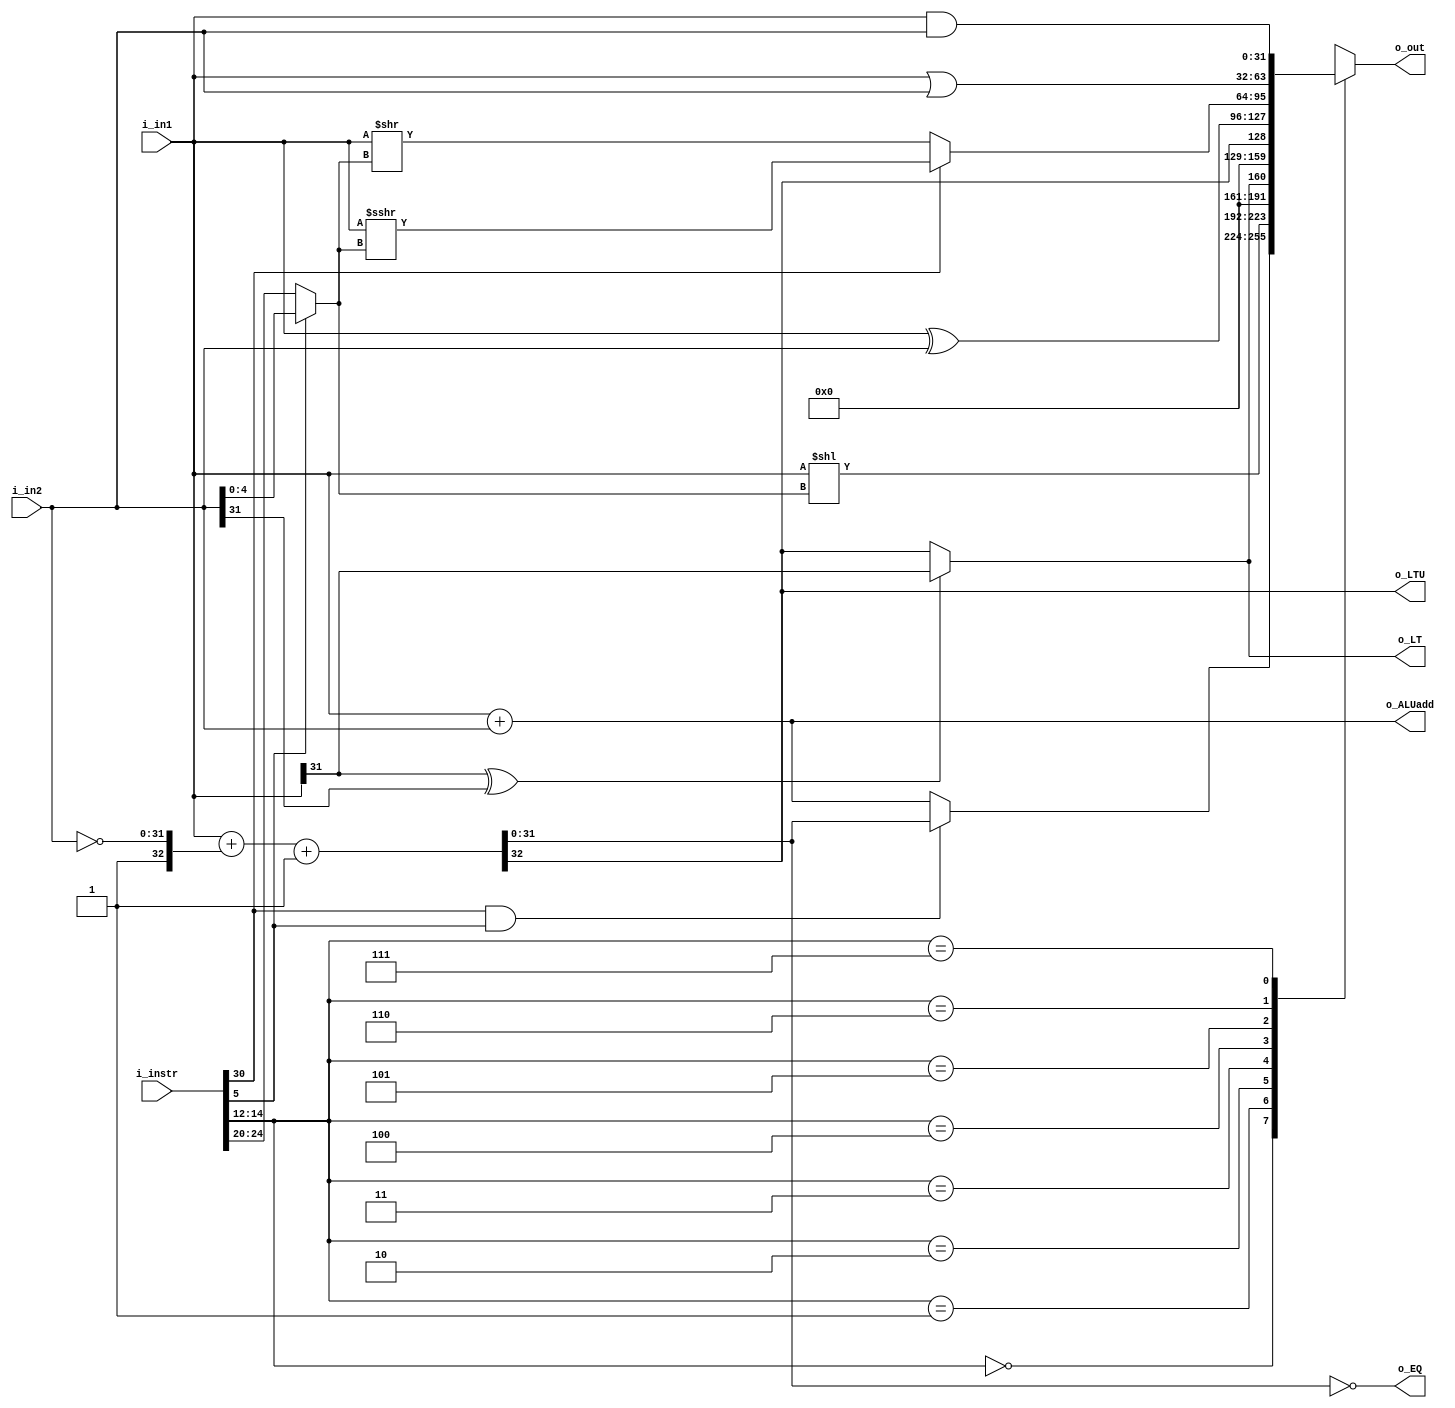
module Vr_ALU (
    input [31:0] i_in1, i_in2,
    input [31:0] i_instr,
    output [31:0] o_out, 
    output o_EQ, o_LT, o_LTU,
    output [31:0] o_ALUadd

);

    // The shifter can be optimized more 
    wire [4:0] shamt = (i_instr[5]) ? i_in2[4:0] : i_instr[24:20]; // shift up to 32 positions  

    wire [2:0] funct3 = i_instr[14:12];
    wire [6:0] funct7 = i_instr[31:25];

    reg [31:0] ALUoutput;

    // It can be done with one adder. In this way, it is more self-explanatory
    wire [32:0] ALUsub = {1'b0, i_in1} + {1'b1, ~i_in2} + 33'b1;
    wire [31:0] ALUadd = i_in1 + i_in2;

    wire EQ  = (ALUsub[31:0] == 0);
    wire LTU = ALUsub[32];
    wire LT  = (i_in1[31] ^ i_in2[31]) ? i_in1[31] : ALUsub[32];

    always @(*) begin
        ALUoutput = 32'h0;  // Initialize with default value
        case (funct3)
            3'h0: ALUoutput = (funct7[5] & i_instr[5]) ? (ALUsub[31:0]) : ALUadd; // add
            3'h1: ALUoutput = i_in1 << shamt;   // sll
            3'h2: ALUoutput = {31'b0, LT};  // slt
            3'h3: ALUoutput = {31'b0, LTU};  // sltu
            3'h4: ALUoutput = (i_in1 ^ i_in2);  // xor
            3'h5: ALUoutput = (funct7[5]) ? ($signed(i_in1) >>> shamt) : ($signed(i_in1) >> shamt);  // srl
            3'h6: ALUoutput = (i_in1 | i_in2);  // or
            3'h7: ALUoutput = (i_in1 & i_in2);  // and
        endcase
    end

    assign {o_EQ, o_LT, o_LTU} = {EQ, LT, LTU};
    assign o_ALUadd = ALUadd;

    assign o_out = ALUoutput;

endmodule